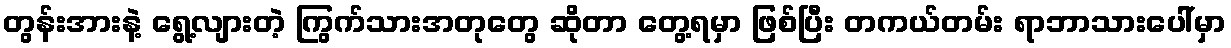
တွန်းအားနဲ့ ရွေ့လျားတဲ့ ကြွက်သားအတုတွေ ဆိုတာ တွေ့ရမှာ ဖြစ်ပြီး တကယ်တမ်း ရာဘာသားပေါ်မှာ